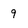
Character: 9